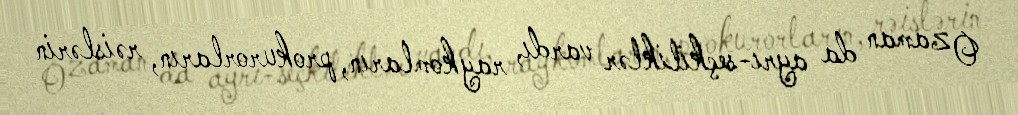
O zaman da ayrı-seçkiliklər vardı, raykomların, prokurorların, rəislərin